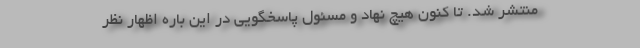
منتشر شد. تا کنون هیچ نهاد و مسئول پاسخگویی در این باره اظهار نظر